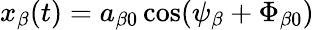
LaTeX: x_{\beta}(t)=a_{\beta 0}\cos(\psi_{\beta}+\Phi_{\beta 0})